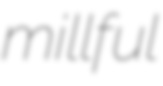
millful